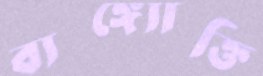
ব্যঙ্গ্যোক্তি